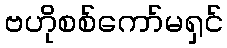
ဗဟိုစစ်ကော်မရှင်